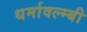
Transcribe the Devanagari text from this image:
धर्मावल्म्बी